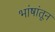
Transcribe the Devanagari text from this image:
भांषांतून